Calcutta medical institutions reports 1879-81 [i.e.91]
Year: 1879
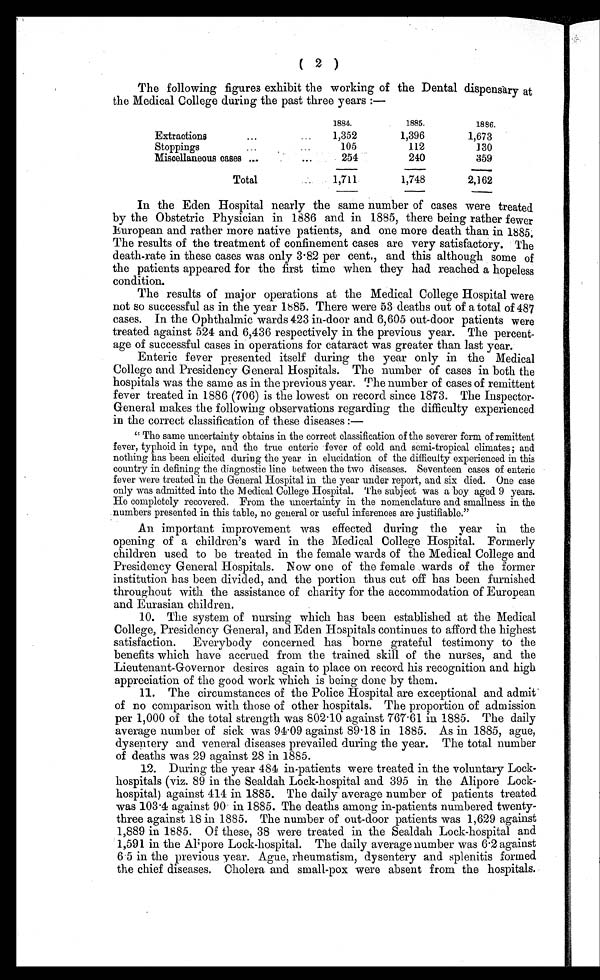
( 2 )
The following figures exhibit the working of the Dental dispensary at
the Medical College during the past three years :—
1884.
1885.
1886.
Extractions... ...
1,352
1,396
1,673
Stoppings
...
...
105
112
130
Miscellaneous cases ...
...
254
240
359
Total
1,711
1,748
2,162
In the Eden Hospital nearly the same number of cases were treated
by the Obstetric Physician in 1886 and in 1885, there being rather fewer
European and rather more native patients, and one more death than in 1885.
The results of the treatment of confinement cases are very satisfactory. The
death-rate in these cases was only 3.82 per cent., and this although some of
the patients appeared for the first time when they had reached a hopeless
condition.
The results of major operations at the Medical College Hospital were
not so successful as in the year 1885. There were 53 deaths out of a total of 487
cases. In the Ophthalmic wards 423 in-door and 6,605 out-door patients were
treated against 524 and 6,436 respectively in the previous year. The percent
- a g e o f s u c c e s s f u l c a s e s i n o p e r a t i o n s f o r c a t a r a c t w a s g r e a t e r t h a n l a s t y e a r .
Enteric fever presented itself during the year only in the Medical
College and Presidency General Hospitals. The number of cases in both the
hospitals was the same as in the previous year. The number of cases of remittent
fever treated in 1886 (706) is the lowest on record since 1873. The Inspector
- G e n e r a l m a k e s t h e f o l l o w i n g o b s e r v a t i o n s r e g a r d i n g t h e d i f f i c u l t y e x p e r i e n c e d
in the correct classification of these diseases : —
" The same uncertainty obtains in the correct classification of the severer form of remittent
fever, typhoid in type, and the true enteric fever of cold and semi-tropical climates ; and
nothing has been elicited during the year in elucidation of the difficulty experienced in this
country in defining the diagnostic line between the two diseases. Seventeen cases of enteric
fever were treated in the General Hospital in the year under report, and six died. One case
only was admitted into the Medical College Hospital. The subject was a boy aged 9 years.
He completely recovered. From the uncertainty in the nomenclature and smallness in the
numbers presented in this table, no general or useful inferences are justifiable."
An important improvement was effected during the year in the
opening of a children's ward in the Medical College Hospital. Formerly
children used to be treated in the female wards of the Medical College and
Presidency General Hospitals. Now one of the female wards of the former
institution has been divided, and the portion thus cut off has been furnished
throughout with the assistance of charity for the accommodation of European
and Eurasian children.
10. The system of nursing which has been established at the Medical
College, Presidency General, and Eden Hospitals continues to afford the highest
satisfaction. Everybody concerned has borne grateful testimony to the
benefits which have accrued from the trained skill of the nurses, and the
Lieutenant-Governor desires again to place on record his recognition and high
appreciation of the good work which is being done by them.
11. The circumstances of the Police Hospital are exceptional and admit
of no comparison with those of other hospitals. The proportion of admission
per 1,000 of the total strength was 802.10 against 767.61 in 1885. The daily
average number of sick was 94.09 against 89.18 in 1885. As in 1885, ague,
dysentery and veneral diseases prevailed during the year. The total number
of deaths was 29 against 28 in 1885.
12. During the year 484 in-patients were treated in the voluntary Lock
-hospitals (viz. 89 in the Sealdah Lock-hospital and 395 in the Alipore Lock-
hospital) against 414 in 1885. The daily average number of patients treated
was 103.4 against 90 in. 1885. The deaths among in-patients numbered twenty
- t h r e e a g a i n s t 1 8 i n 1 8 8 5 . T h e n u m b e r o f o u t - d o o r p a t i e n t s w a s 1 , 6 2 9 a g a i n s t
1,889 in 1885. Of these, 38 were treated in the Sealdah Lock-hospital and
1,591 in the Al pore Lock-hospital. The daily average number was 6.2 against
6.5 in the previous year. Ague, rheumatism, dysentery and splenitis formed
the chief diseases. Cholera and small-pox were absent from the hospitals.